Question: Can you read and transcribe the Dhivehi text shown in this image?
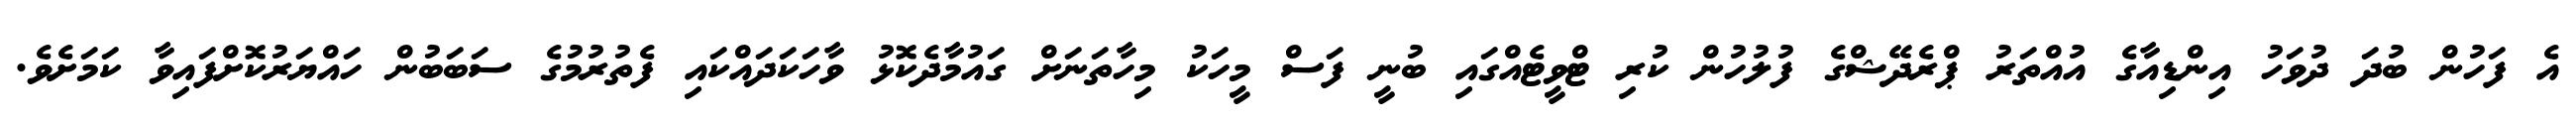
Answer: އެ ފަހުން ބުދަ ދުވަހު އިންޑިއާގެ އުއްތަރު ޕްރެދޭޝްގެ ފުލުހުން ކުރި ޓްވީޓެއްގައި ބުނީ ފަސް މީހަކު މިހާތަނަށް ގައުމާދެކޮޅު ވާހަކަދައްކައި ފެތުރުމުގެ ސަބަބުން ހައްޔަރުކޮށްފައިވާ ކަމަށެވެ.